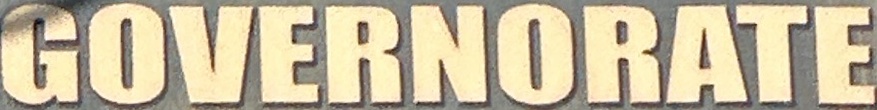
GOVERNORATE